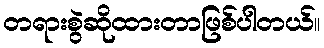
တရားစွဲဆိုထားတာဖြစ်ပါတယ်။